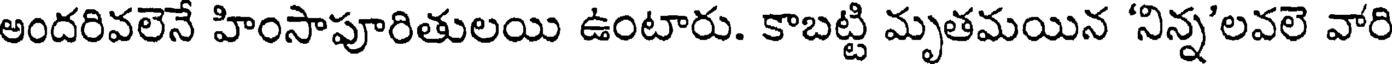
అందరివలెనే హింసాపూరితులయి ఉంటారు. కాబట్టి మృతమయిన 'నిన్న'లవలె వారి